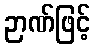
ဉာဏ်ဖြင့်